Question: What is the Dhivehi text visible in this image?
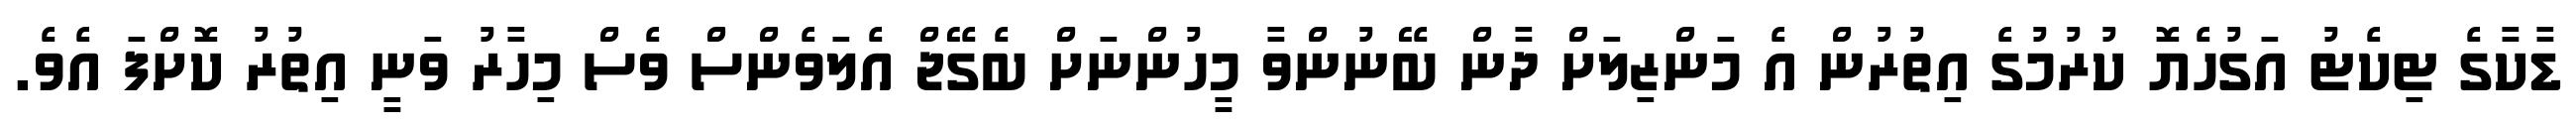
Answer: ޑާކާގެ ޓިކެޓު އަގުހެޔޮ ކުރުމުގެ އިތުރުން އެ މަންޒިލަށް ދާން ބޭނުންވާ މީހުންނަށް ބެގޭޖް އެލަވެންސް ވެސް މިހާރު ވަނީ އިތުރު ކޮށްފަ އެވެ.